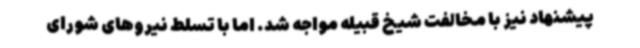
پیشنهاد نیز با مخالفت شیخ قبیله مواجه شد. اما با تسلط نیروهای شورای